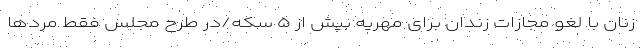
زنان با لغو مجازات زندان برای مهریه بیش از ۵ سکه/در طرح مجلس فقط مردها